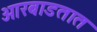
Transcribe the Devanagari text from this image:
ओरबाडतात